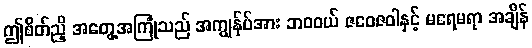
ဤစိတ်ညှိ အတွေ့အကြုံသည် အကျွန်ုပ်အား ဘဝဝယ် ဇဝေဇဝါနှင့် မရေမရာ အချိန်